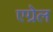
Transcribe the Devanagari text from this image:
एग्रेल